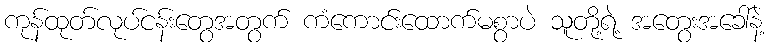
ကုန်ထုတ်လုပ်ငန်းတွေအတွက် ကံကောင်းထောက်မစွာပဲ သူတို့ရဲ့ အတွေးအခေါ်နဲ့